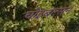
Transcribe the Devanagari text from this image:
चोइबल्सन